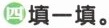
四填一填。